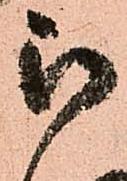
被